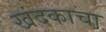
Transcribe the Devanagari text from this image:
खंदकाचा